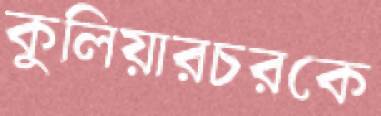
কুলিয়ারচরকে